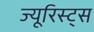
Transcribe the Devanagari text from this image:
ज्यूरिस्ट्स